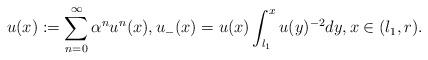
LaTeX: \begin{align*}u({x}):=\sum_{n=0}^\infty \alpha^n u^n({x}),u_-({x})=u({x})\int_{l_1}^{{x}} u({y})^{-2}d{y},{x}\in (l_1,r). \end{align*}